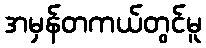
အမှန်တကယ်တွင်မူ